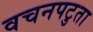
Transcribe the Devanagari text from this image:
वचनपटुता